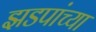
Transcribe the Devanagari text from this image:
झडपांच्या